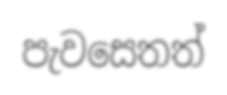
පැවසෙතත්